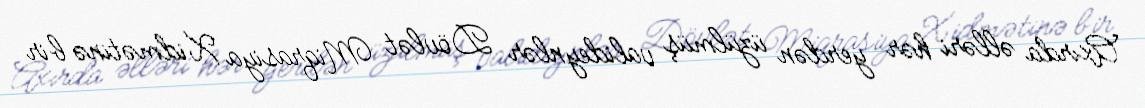
Axırda əlləri hər yerdən üzülmüş valideynlər Dövlət Miqrasiya Xidmətinə bir